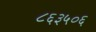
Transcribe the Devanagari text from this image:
८६३५०६